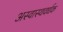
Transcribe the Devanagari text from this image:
अस्वास्थवर्धक